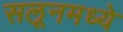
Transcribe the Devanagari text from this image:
सलूनमध्ये